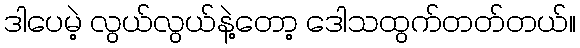
ဒါပေမဲ့ လွယ်လွယ်နဲ့တော့ ဒေါသထွက်တတ်တယ်။